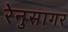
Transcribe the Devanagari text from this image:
रेनुसागर